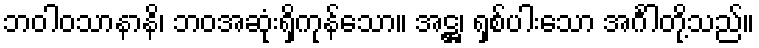
ဘဝါဝသာနာနိ၊ ဘဝအဆုံးရှိကုန်သော။ အဋ္ဌ၊ ရှစ်ပါးသော အင်္ဂါတို့သည်။